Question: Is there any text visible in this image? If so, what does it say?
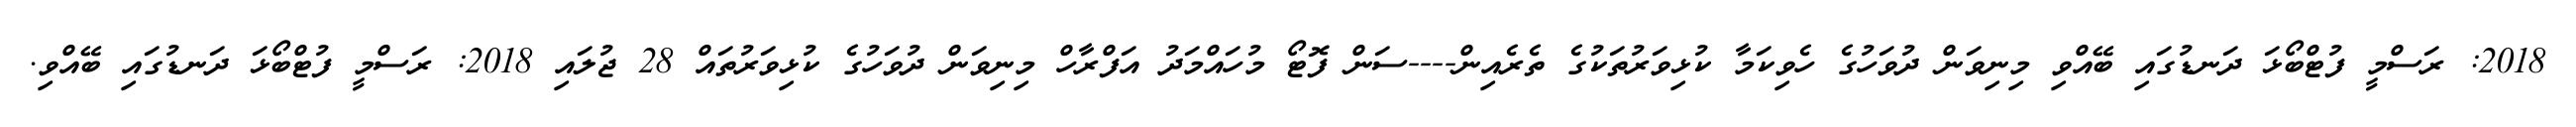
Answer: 2018: ރަސްމީ ފުޓްބޯޅަ ދަނޑުގައި ބޭއްވި މިނިވަން ދުވަހުގެ ހެވިކަމާ ކުޅިވަރުތަކުގެ ތެރެއިން----ސަން ފޮޓޯ މުހައްމަދު އަފްރާހް މިނިވަން ދުވަހުގެ ކުޅިވަރުތައް 28 ޖުލައި 2018: ރަސްމީ ފުޓްބޯޅަ ދަނޑުގައި ބޭއްވި.